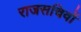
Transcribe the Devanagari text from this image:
राजसचिवों